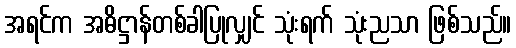
အရင်က အဓိဋ္ဌာန်တစ်ခါပြုလျှင် သုံးရက် သုံးညသာ ဖြစ်သည်။